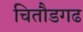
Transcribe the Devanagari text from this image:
चितौडगढ